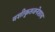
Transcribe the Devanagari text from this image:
वशीकृतजनेशाय